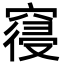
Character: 𮄎